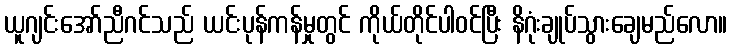
ယူဂျင်းအော်ညီဂင်သည် ယင်းပုန်ကန်မှုတွင် ကိုယ်တိုင်ပါဝင်ပြီး နိဂုံးချုပ်သွားချေမည်လော။